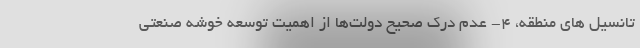
تانسیل­ های منطقه، ۴- عدم درک صحیح دولت­ها از اهمیت توسعه خوشه صنعتی